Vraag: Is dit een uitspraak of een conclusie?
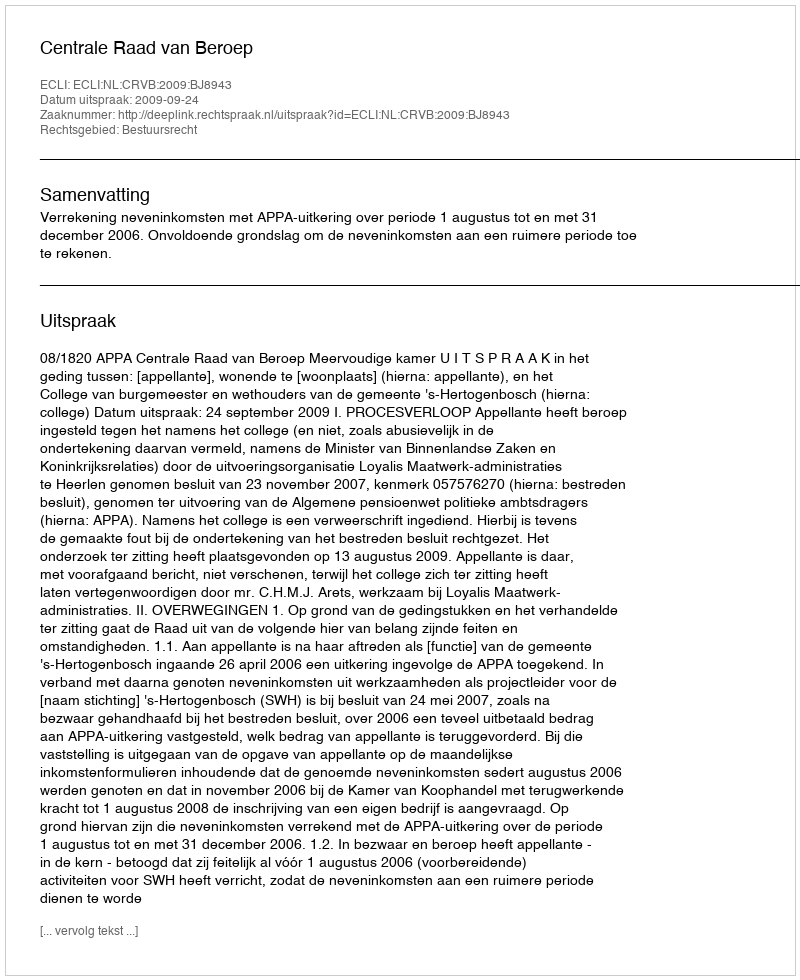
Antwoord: Uitspraak